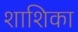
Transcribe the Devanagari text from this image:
शाशिका